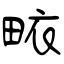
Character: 畩